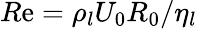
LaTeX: R\mathrm{e}=\rho_{l}U_{0}R_{0}/\eta_{l}